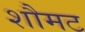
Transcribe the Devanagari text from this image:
शौमट